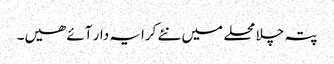
پتہ چلا محلے میں نئے کرایہ دار آئے ھیں۔